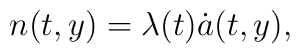
n(t,y)=\lambda(t)\dot{a}(t,y),